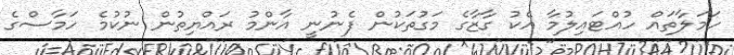
ހަމަލާތައް ހުއްޓައިލުމާ އެކު ގާޒާގެ މަގުތަކުން ފެނުނީ އާންމު ރައްޔިތުން ނުކުމެ ހަމާސްގެ